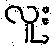
လူး